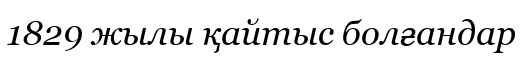
1829 жылы қайтыс болғандар